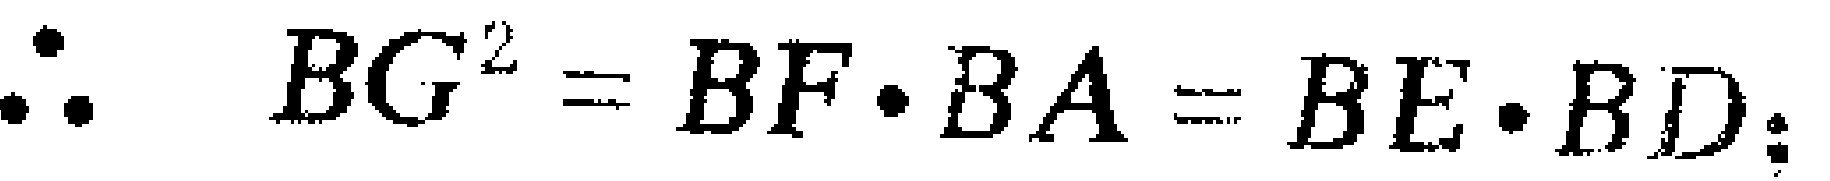
\(\therefore\  BG^{2}=BF\cdot BA = BE\cdot BD\)